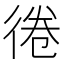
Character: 𢔑